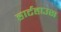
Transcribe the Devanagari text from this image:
हार्टहाउस